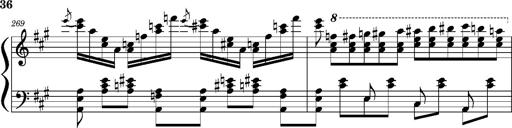
Title: Concerto sans orchestre, S.524a
Composer: Franz Liszt
Key: A major